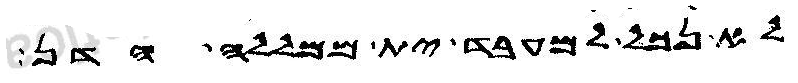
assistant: לא נכל למעבד ית ממללה הדן